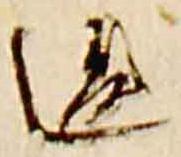
違